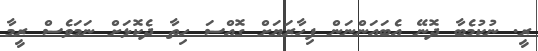
ރީ. ނުކުމެބާ ދޮނޭ އެބައަންނަން ފިހާރަޔަށް ގޮއްސަ ހިތާ ދެކޮޅަށް ނަމަވެސް ރީމާ